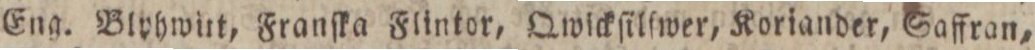
Eng. Blyhwitt, Franſka Flintor, Qwickſilſwer, Koriander, Saffran,